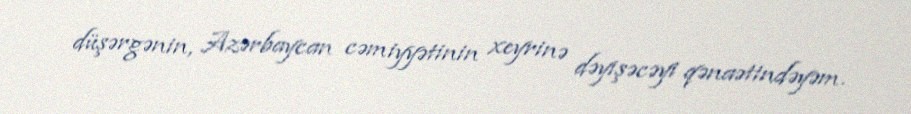
düşərgənin, Azərbaycan cəmiyyətinin xeyrinə dəyişəcəyi qənaətindəyəm.